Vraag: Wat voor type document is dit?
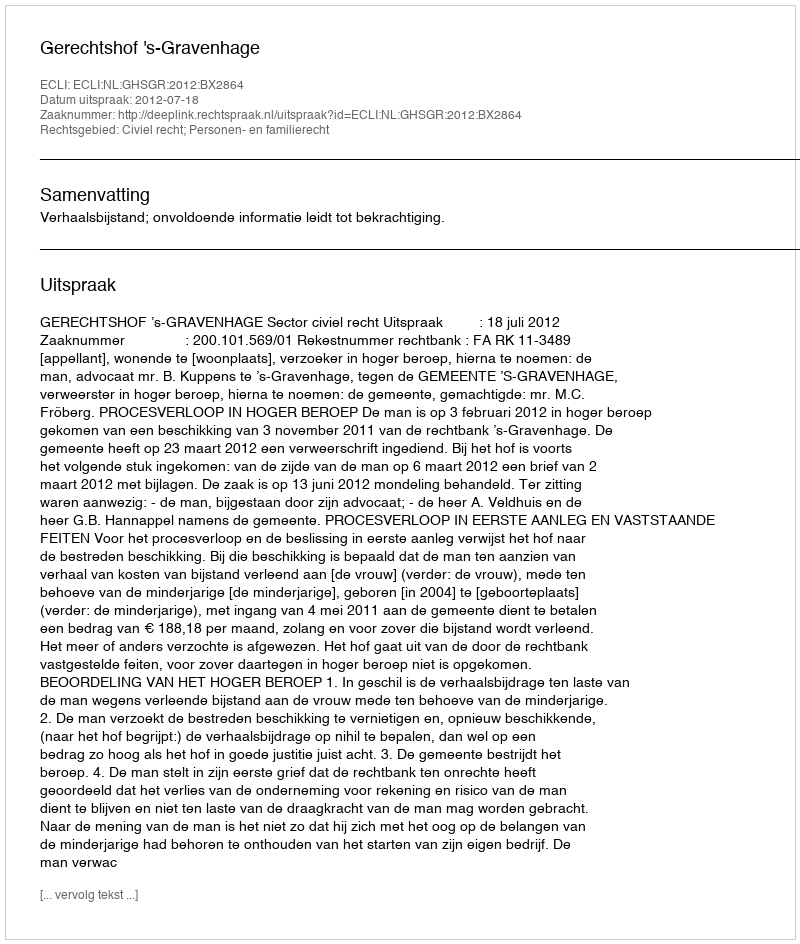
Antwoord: Uitspraak